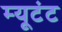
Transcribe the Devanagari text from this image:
म्यूटंट